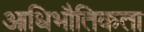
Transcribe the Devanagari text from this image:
आधिभौतिकता